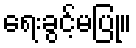
ရေးခွင့်မပြု။